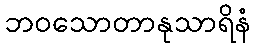
ဘဝသောတာနုသာရိနံ